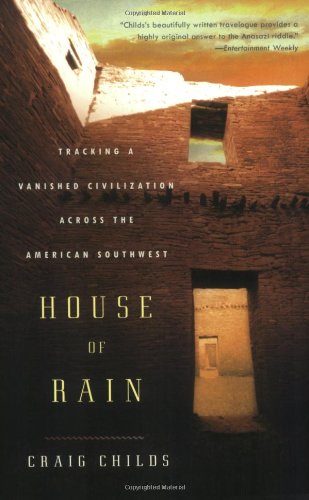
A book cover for House of Rain: Tracking a Vanished Civilization Across the American Southwest; Craig Childs; Science & Math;